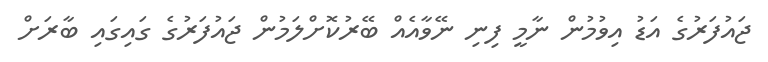
ޖައުފަރުގެ އަޑު އިވުމުން ނާމީ ފިނި ނޭވާއެއް ބޭރުކޮށްލަމުން ޖައުފަރުގެ ގައިގައި ބާރަށް